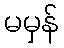
မမှန်